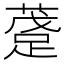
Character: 𲃴